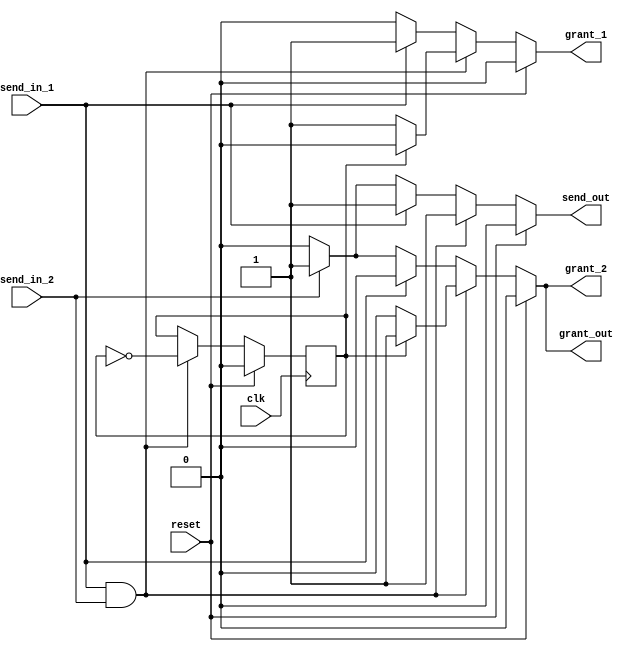
module arbitration_control (send_in_1, send_in_2, send_out, grant_1, grant_2, grant_out, reset, clk);
    input send_in_1, send_in_2, reset, clk;
    output reg grant_1, grant_2, grant_out, send_out;

    reg grant;
    


    always @(*)
    begin    
        if (reset) begin
            // grant = 0;
            grant_1 = 0;
            grant_2 = 0;
            send_out = 0;
            grant_out = 0;      // indicate whose data should be taker, 0 fro grant_1, 1 for grant_2
        end
        
        else begin
            if (send_in_1 && send_in_2) begin
                if (!grant) begin
                    //grant = ~ grant;
                    grant_1 = 1;
                    grant_2 = 0;
                    send_out = 1;
                    grant_out = 0;      // indicate whose data should be taker, 0 fro grant_1, 1 for grant_2
                end
                else begin
                    //grant = ~ grant;
                    grant_1 = 0;
                    grant_2 = 1;
                    send_out = 1;
                    grant_out = 1;
                end
            end

            else if (send_in_1) begin
                grant_1 = 1;
                grant_2 = 0;
                send_out = 1;
                grant_out = 0;
            end

            else if (send_in_2) begin
                grant_1 = 0;
                grant_2 = 1;
                send_out = 1;
                grant_out = 1;
            end

            else begin
                grant_1 = 0;
                grant_2 = 0;
                send_out = 0;
                grant_out = 0;
            end
        end
    end


    always @(posedge clk) 
    begin
        if (reset) begin
            grant <= 0;
        end
        
        else if (send_in_1 && send_in_2) begin
            if (!grant) begin
                grant <= ~ grant;
            end
            else begin
                grant <= ~ grant;
            end
        end 
    end



endmodule